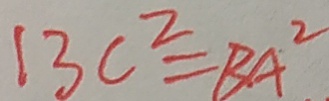
1 3 c ^ { 2 } = B A ^ { 2 }